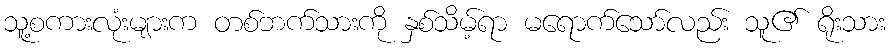
သူ့စကားလုံးများက တစ်ဘက်သားကို နှစ်သိမ့်ရာ မရောက်သော်လည်း သူ၏ ရိုးသား